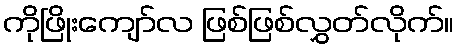
ကိုဖြိုးကျော်လ ဖြစ်ဖြစ်လွှတ်လိုက်။